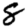
Digit: 8